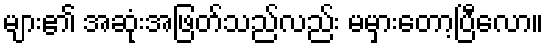
များ၏ အဆုံးအဖြတ်သည်လည်း မမှားတော့ပြီလော။